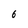
Character: 6